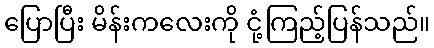
ပြောပြီး မိန်းကလေးကို ငုံ့ကြည့်ပြန်သည်။